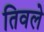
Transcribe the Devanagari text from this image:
तिवले